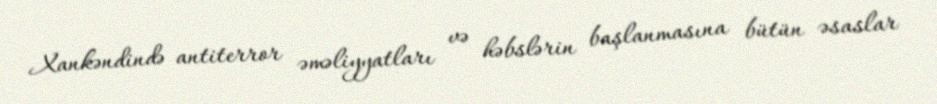
Xankəndində antiterror əməliyyatları və həbslərin başlanmasına bütün əsaslar